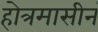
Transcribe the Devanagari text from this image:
होत्रमासीनं